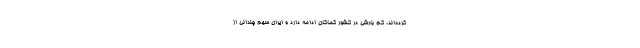
کرده‌اند، کم بارشی در کشور کماکان ادامه دارد و ایران سهم چندانی از